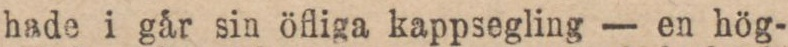
hade i går sin öfliga kappsegling – en hög-